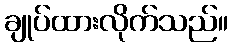
ချုပ်ထားလိုက်သည်။